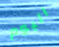
اليوم